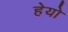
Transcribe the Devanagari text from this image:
हेयो